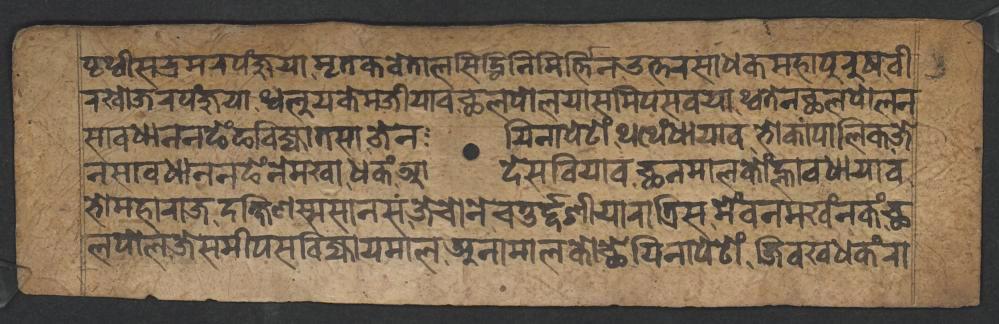
𑐥𑐺𑐠𑑂𑐰𑐷𑐳𑐨𑑂𑐬𑐩𑐬𑐥𑑄𑐖𑐸𑐫𑐵,𑐩𑐺𑐟𑐎𑐧𑐾𑐟𑐵𑐮𑐳𑐶𑐡𑑂𑐢𑐶𑐣𑐶𑐩𑐶𑐬𑑂𑐟𑑂𑐟𑐶𑐣𑑁𑐟𑑂𑐟𑐬𑐳𑐵𑐢𑐎𑐩𑐴𑐵𑐥𑐸𑐬𑐸𑐲𑐧𑐷 𑐬𑐏𑑀𑐖𑐬𑐥𑑄𑐖𑐸𑐫𑐵,𑐠𑑂𑐰𑐮𑐸𑐫𑐎𑐾𑐩𑐖𑐶𑐫𑐵𑐰𑐕𑐮𑐥𑑀𑐮𑐫𑐵𑐳𑐩𑐶𑐥𑐳𑐰𑐫𑐵,𑐠𑑂𑐰𑐟𑐾𑐣𑐕𑐮𑐥𑑀𑐮𑐣 𑐳𑐵𑐰𑐢𑐵𑐣𑐣𑐒𑐾𑑄𑐒𑐧𑐶𑐖𑑂𑐫𑐵𑐟𑐳𑐵𑐖𑐾𑐣𑐫𑐶𑐣𑐵𑐥𑐾𑐚𑑀𑑄,𑐠𑐠𑐾𑑄𑐢𑐵𑐫𑐵𑐰,𑐨𑑀𑐎𑐵𑐥𑐵𑐮𑐶𑐎𑐖𑐾 𑐨𑑀𑐩𑐴𑐵𑐬𑐵𑐖𑐡𑐎𑑂𑐲𑐶𑐞𑐳𑑂𑐩𑐳𑐵𑐣𑐳𑐖𑐾𑐔𑑀𑐣𑐾,𑐔𑐟𑐸𑐬𑑂𑐡𑑂𑐡𑐱𑐷𑐫𑐵𑐬𑐵𑐟𑑂𑐬𑐶𑐳𑐩𑐾𑑄𑐰𑐣𑐩𑐏𑑄𑐣𑐎𑑄𑐕 𑐣𑐳𑐵𑐰𑐢𑐵𑐣𑐣𑐒𑐾𑑄𑐣𑐾𑐩𑐏𑐵𑐢𑐎𑑄𑐁𑐡𑐾𑐳𑐧𑐶𑐫𑐵𑐰𑐕𑐣𑐩𑐵𑐮𑐎𑑀𑑄𑐮𑑂𑐴𑐵𑐰𑐢𑐵𑐫𑐵𑐰 𑐮𑐥𑑀𑐮𑐖𑐾𑐳𑐩𑐷𑐥𑐳𑐧𑐶𑐖𑑂𑐫𑐵𑐫𑐩𑐵𑐮,𑐀𑐣𑐵𑐩𑐵𑐮𑐎𑑀𑐕𑐾𑐫𑐶𑐣𑐵𑐥𑐚𑑀𑑄,𑐖𑐶𑐰𑐏𑐢𑐎𑑄𑐬𑐵